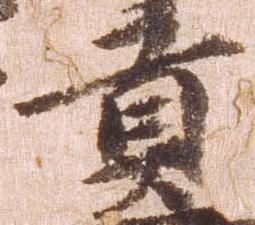
貢